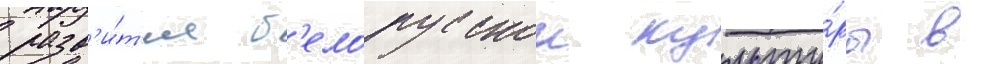
разв'и́т'ие б'елорусскои культу́ры в